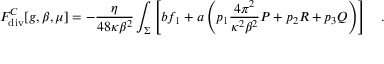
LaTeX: F _ { \tiny \mathrm { d i v } } ^ { C } [ g , \beta , \mu ] = - { \frac { \eta } { 4 8 \kappa \beta ^ { 2 } } } \int _ { \Sigma } \left[ b f _ { 1 } + a \left( p _ { 1 } { \frac { 4 \pi ^ { 2 } } { \kappa ^ { 2 } \beta ^ { 2 } } } { \cal P } + p _ { 2 } R + p _ { 3 } { \cal Q } \right) \right] ~ ~ ~ .